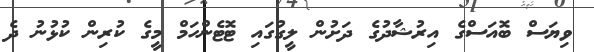
ވިޔަސް ބޮއަސްގެ އިރުޝާދުގެ ދަށުން ލީގުގައި ޓޮޓެންހަމް މީގެ ކުރިން ކުޅުނު ދެ